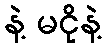
နဲ့ မငိုနဲ့